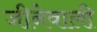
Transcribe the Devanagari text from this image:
जीनेवाली